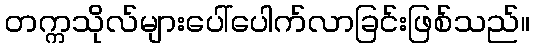
တက္ကသိုလ်များပေါ်ပေါက်လာခြင်းဖြစ်သည်။